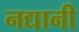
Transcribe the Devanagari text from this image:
नद्यानी